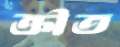
ক্রীত